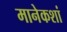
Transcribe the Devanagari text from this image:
मानेकशां